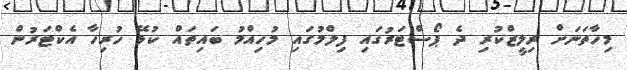
މިހާތަނަށް ރިލީޒްކުރި ދެ ޕޯސްޓަރުގައި ފިލްމުގައި މުހިއްމު ބައިތައް ކުޅޭ ހުރިހާ އެކްޓަރުން